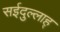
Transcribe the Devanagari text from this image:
सईदुल्लाह्